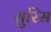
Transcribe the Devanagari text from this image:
सुरिस